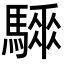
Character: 𩥗